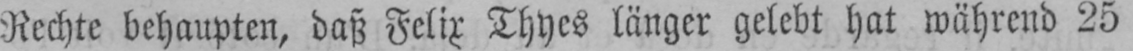
Rechte behaupten, daß Felix Thyes länger gelebt hat während 25